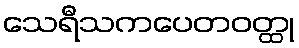
သေရီသကပေတဝတ္ထု